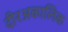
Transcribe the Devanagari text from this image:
दीरअकालिक